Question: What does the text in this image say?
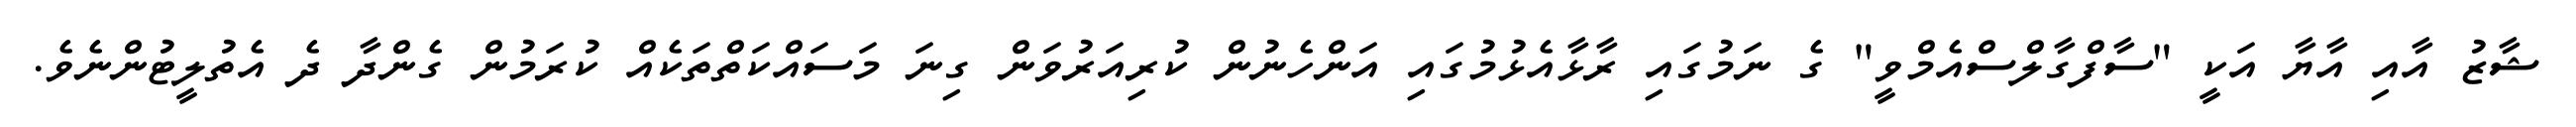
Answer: ޝާޒު އާއި އާޔާ އަކީ "ސާފްގާލްސްއެމްވީ" ގެ ނަމުގައި ރާޅާއެޅުމުގައި އަންހެނުން ކުރިއަރުވަން ގިނަ މަސައްކަތްތަކެއް ކުރަމުން ގެންދާ ދެ އެތުލީޓުންނެވެ.